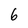
Character: 6